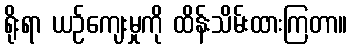
ရိုးရာ ယဉ်ကျေးမှုကို ထိန်းသိမ်းထားကြတာ။